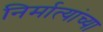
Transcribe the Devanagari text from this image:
निर्मात्यांच्या